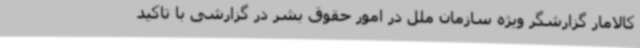
کالامار گزارشگر ویژه سازمان ملل در امور حقوق بشر در گزارشی با تاکید